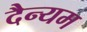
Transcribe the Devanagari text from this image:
दैन्यम